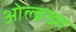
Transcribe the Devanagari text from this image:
ओल्ब्रख्त